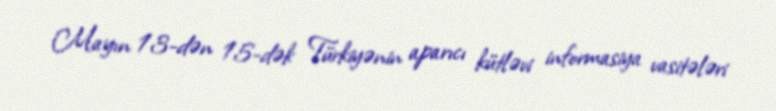
Mayın 13-dən 15-dək Türkiyənin aparıcı kütləvi informasiya vasitələri